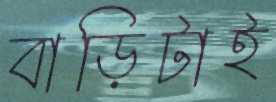
বাড়িটাই